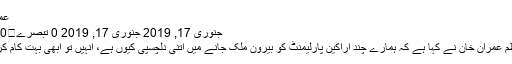
عمران خان
جنوری 17, 2019 جنوری 17, 2019 0 تبصرے	70 مناظر
وزیرِاعظم عمران خان نے کہا ہے کہ ہمارے چند اراکینِ پارلیمنٹ کو بیرون ملک جانے میں اتنی دلچسپی کیوں ہے، انہیں تو ابھی بہت کام کرنے ہیں۔